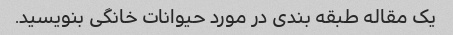
یک مقاله طبقه بندی در مورد حیوانات خانگی بنویسید.